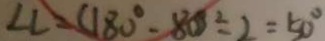
\angle C = ( 1 8 0 ^ { \circ } - 8 0 ^ { \circ } \div 2 = 5 0 ^ { \circ }